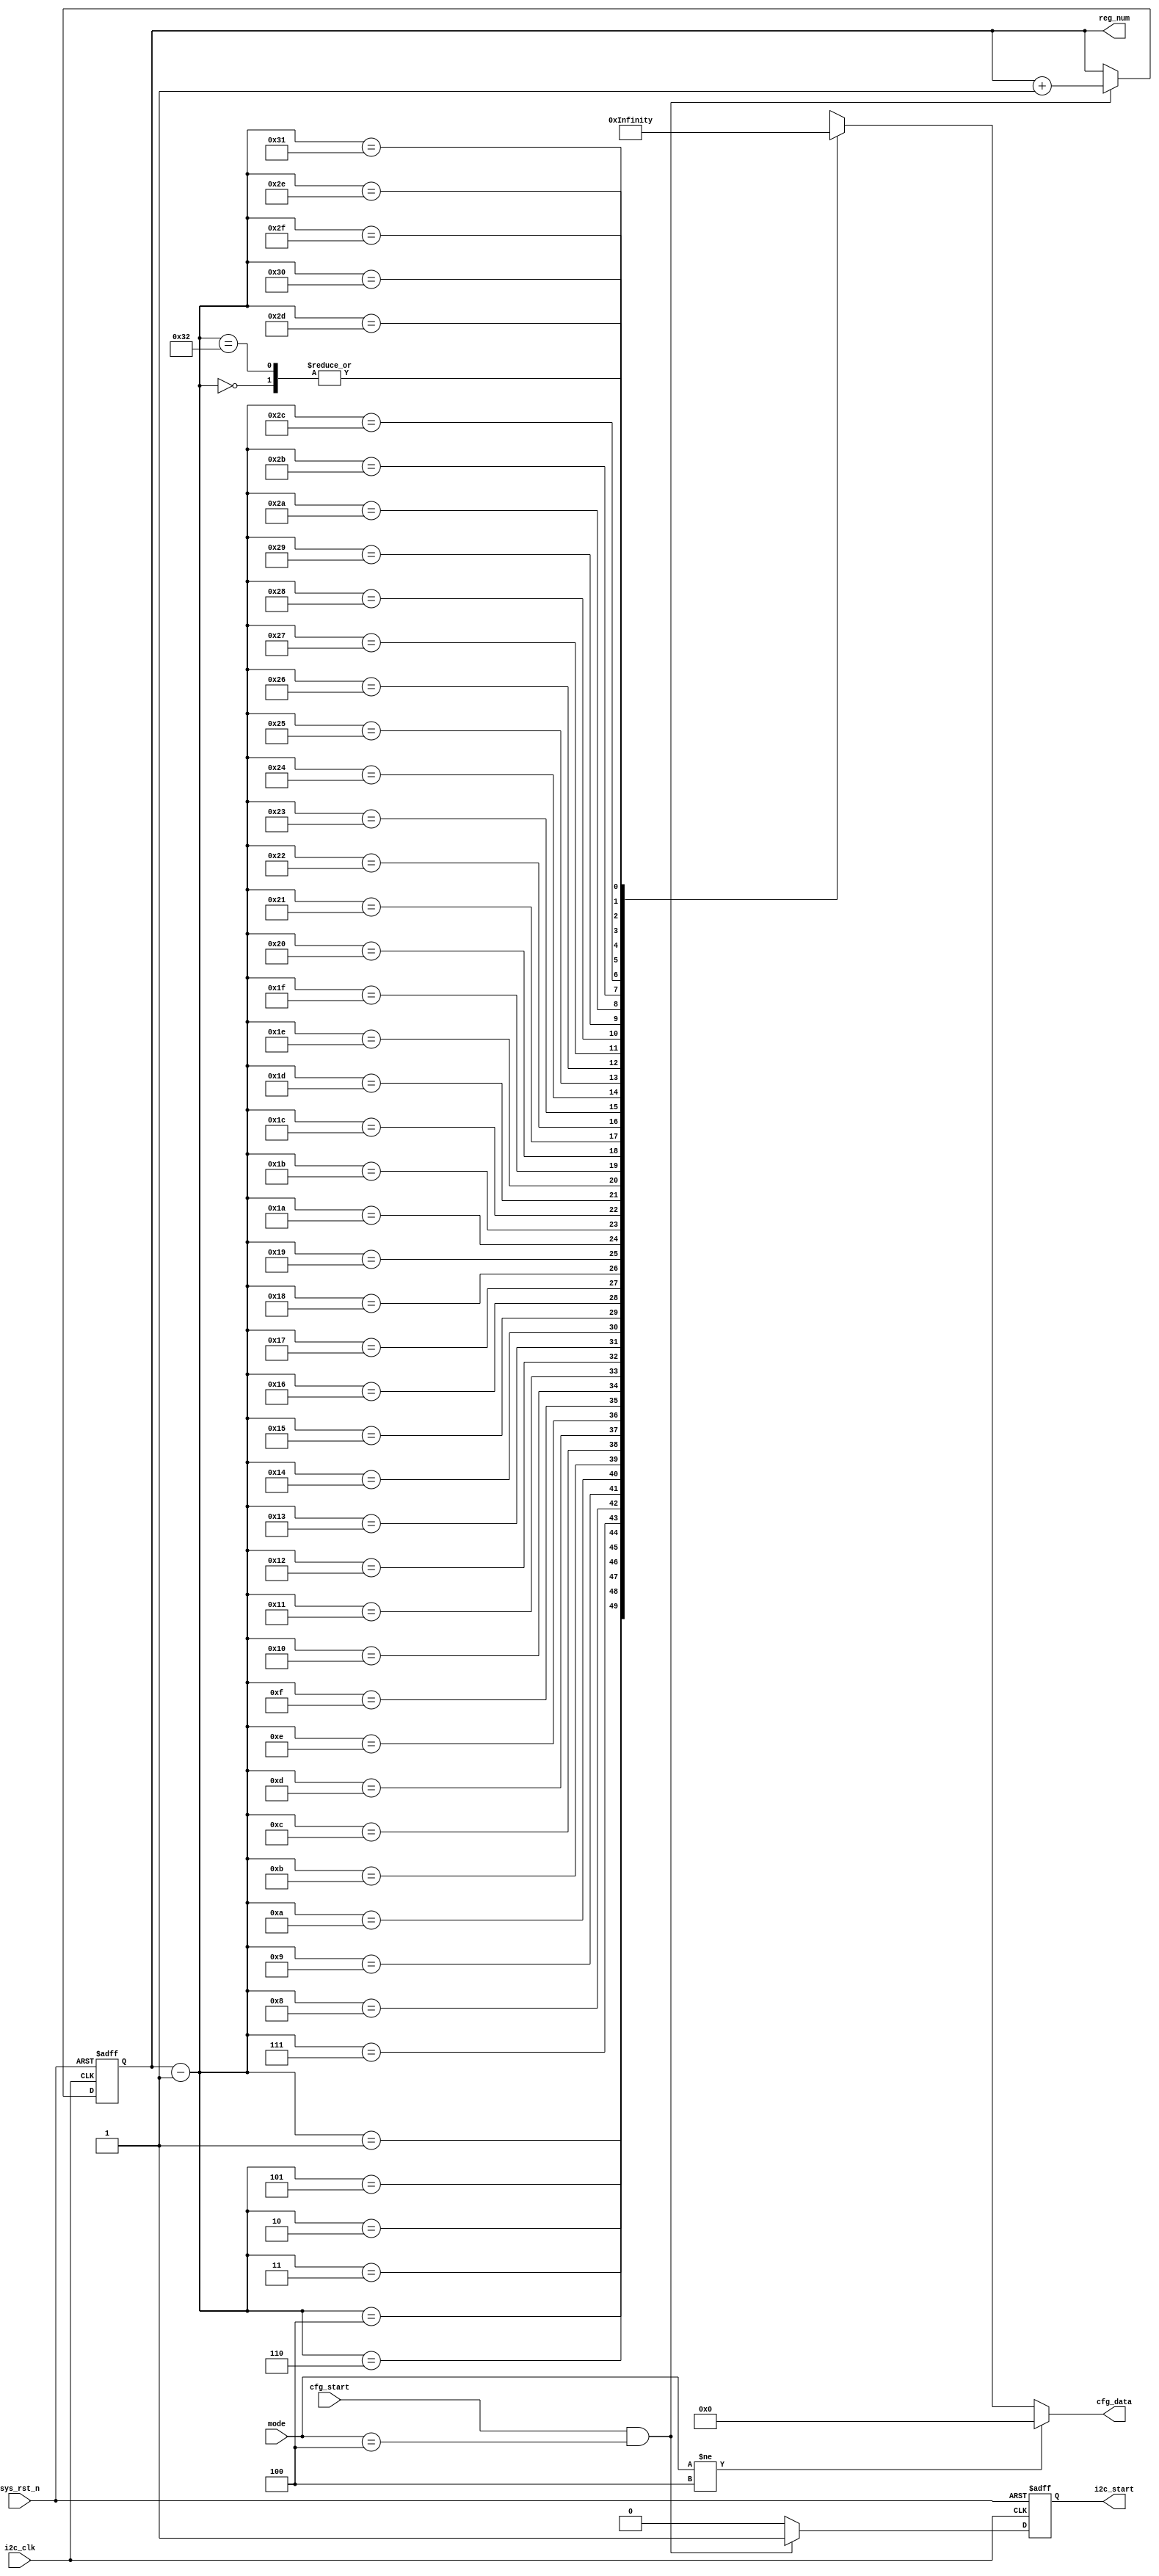
module  prj7620_cfg
(
	input	wire			i2c_clk		,
	input	wire			sys_rst_n	,
	input	wire			cfg_start	,
	input	wire	[2:0]	mode		,
	
	output	wire	[23:0]	cfg_data	,
	output	reg				i2c_start	,
	output	reg		[5:0]	reg_num		
);

wire	[23:0]	cfg_data_reg[50:0]	;

always@(posedge i2c_clk or negedge sys_rst_n)
	if(sys_rst_n == 1'b0)
		reg_num  <=  6'd0  ;
	else  if((cfg_start == 1'b1)&&(mode == 3'd4))
		reg_num  <=  reg_num + 1'b1  ;
	else
		reg_num  <=  reg_num  ;
		
always@(posedge i2c_clk or negedge sys_rst_n)
	if(sys_rst_n == 1'b0)
		i2c_start  <=  1'b0  ;
	else  if((cfg_start == 1'b1)&&(mode == 3'd4))
		i2c_start  <=  1'b1  ;
	else
		i2c_start  <=  1'b0  ;
		
assign  cfg_data = (mode != 3'd4) ? 24'd0 :cfg_data_reg[reg_num - 1'b1]  ;	
assign  cfg_data_reg[00]	=	{8'b1110_0110,8'hEF,8'h00}  ;
assign  cfg_data_reg[01]	=	{8'b1110_0110,8'h37,8'h07}  ;
assign  cfg_data_reg[02]	=	{8'b1110_0110,8'h38,8'h17}  ;
assign  cfg_data_reg[03]	=	{8'b1110_0110,8'h39,8'h06}  ;
assign  cfg_data_reg[04]	=	{8'b1110_0110,8'h42,8'h01}  ;
assign  cfg_data_reg[05]	=	{8'b1110_0110,8'h46,8'h2D}  ;
assign  cfg_data_reg[06]	=	{8'b1110_0110,8'h47,8'h0F}  ;
assign  cfg_data_reg[07]	=	{8'b1110_0110,8'h48,8'h3C}  ;
assign  cfg_data_reg[08]	=	{8'b1110_0110,8'h49,8'h00}  ;
assign  cfg_data_reg[09]	=	{8'b1110_0110,8'h4A,8'h1E}  ;
assign  cfg_data_reg[10]	=	{8'b1110_0110,8'h4C,8'h20}  ;
assign  cfg_data_reg[11]	=	{8'b1110_0110,8'h51,8'h10}  ;
assign  cfg_data_reg[12]	=	{8'b1110_0110,8'h5E,8'h10}  ;
assign  cfg_data_reg[13]	=	{8'b1110_0110,8'h60,8'h27}  ;
assign  cfg_data_reg[14]	=	{8'b1110_0110,8'h80,8'h42}  ;
assign  cfg_data_reg[15]	=	{8'b1110_0110,8'h81,8'h44}  ;
assign  cfg_data_reg[16]	=	{8'b1110_0110,8'h82,8'h04}  ;
assign  cfg_data_reg[17]	=	{8'b1110_0110,8'h8B,8'h01}  ;
assign  cfg_data_reg[18]	=	{8'b1110_0110,8'h90,8'h06}  ;
assign  cfg_data_reg[19]	=	{8'b1110_0110,8'h95,8'h0A}  ;
assign  cfg_data_reg[20]	=	{8'b1110_0110,8'h96,8'h0C}  ;
assign  cfg_data_reg[21]	=	{8'b1110_0110,8'h97,8'h05}  ;
assign  cfg_data_reg[22]	=	{8'b1110_0110,8'h9A,8'h14}  ;
assign  cfg_data_reg[23]	=	{8'b1110_0110,8'h9C,8'h3F}  ;
assign  cfg_data_reg[24]	=	{8'b1110_0110,8'hA5,8'h19}  ;
assign  cfg_data_reg[25]	=	{8'b1110_0110,8'hCC,8'h19}  ;
assign  cfg_data_reg[26]	=	{8'b1110_0110,8'hCD,8'h0B}  ;
assign  cfg_data_reg[27]	=	{8'b1110_0110,8'hCE,8'h13}  ;
assign  cfg_data_reg[28]	=	{8'b1110_0110,8'hCF,8'h64}  ;
assign  cfg_data_reg[29]	=	{8'b1110_0110,8'hD0,8'h21}  ;
assign  cfg_data_reg[30]	=	{8'b1110_0110,8'hEF,8'h01}  ;
assign  cfg_data_reg[31]	=	{8'b1110_0110,8'h02,8'h0F}  ;	
assign  cfg_data_reg[32]	=	{8'b1110_0110,8'h03,8'h10}  ;
assign  cfg_data_reg[33]	=	{8'b1110_0110,8'h04,8'h02}  ;
assign  cfg_data_reg[34]	=	{8'b1110_0110,8'h25,8'h01}  ;
assign  cfg_data_reg[35]	=	{8'b1110_0110,8'h27,8'h39}  ;
assign  cfg_data_reg[36]	=	{8'b1110_0110,8'h28,8'h7F}  ;
assign  cfg_data_reg[37]	=	{8'b1110_0110,8'h29,8'h08}  ;
assign  cfg_data_reg[38]	=	{8'b1110_0110,8'h3E,8'hFF}  ;
assign  cfg_data_reg[39]	=	{8'b1110_0110,8'h5E,8'h3D}  ;
assign  cfg_data_reg[40]	=	{8'b1110_0110,8'h65,8'h96}  ;
assign  cfg_data_reg[41]	=	{8'b1110_0110,8'h67,8'h97}  ;
assign  cfg_data_reg[42]	=	{8'b1110_0110,8'h69,8'hCD}  ;
assign  cfg_data_reg[43]	=	{8'b1110_0110,8'h6A,8'h01}  ;
assign  cfg_data_reg[44]	=	{8'b1110_0110,8'h6D,8'h2C}  ;
assign  cfg_data_reg[45]	=	{8'b1110_0110,8'h6E,8'h01}  ;
assign  cfg_data_reg[46]	=	{8'b1110_0110,8'h72,8'h01}  ;
assign  cfg_data_reg[47]	=	{8'b1110_0110,8'h73,8'h35}  ;
assign  cfg_data_reg[48]	=	{8'b1110_0110,8'h74,8'h00}  ;
assign  cfg_data_reg[49]	=	{8'b1110_0110,8'h77,8'h01}  ;
assign  cfg_data_reg[50]	=	{8'b1110_0110,8'hEF,8'h00}  ;

endmodule